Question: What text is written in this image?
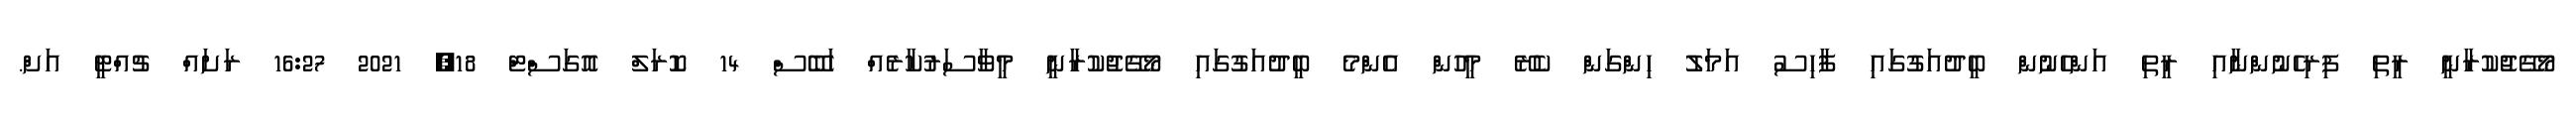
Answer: މޯގޭޖުކުރާނީ ރީތި ފިރިހެނުންނާއި ރީތި އަންހެނުން ބީދުއަގުގައި ފާހިސު އަމަލު ހިންގަން ކެރޭ މީހުން އެންމެ ބީދުއަގުގައި މޯގޭޖުކުރާނީ މީވާސަރުކާރެއް ހަބޭސް 14 ކޮރަލް އޮގަސްޓް 18, 2021 16:27 ރަށައް ޗުއްޓީ އަށް.